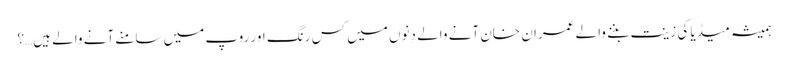
ہمیشہ میڈیا کی زینت بننے والے عمران خان آنے والے دِنوں میں کس رنگ اور روپ میں سامنے آنے والے ہیں…؟